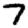
Digit: 7